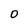
Character: O